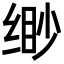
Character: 缈